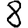
Digit: 8